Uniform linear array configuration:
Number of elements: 8
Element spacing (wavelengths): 0.25
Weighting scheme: exponential
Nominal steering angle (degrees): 30
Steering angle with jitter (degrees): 29.418
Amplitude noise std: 0.05
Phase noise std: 0.05

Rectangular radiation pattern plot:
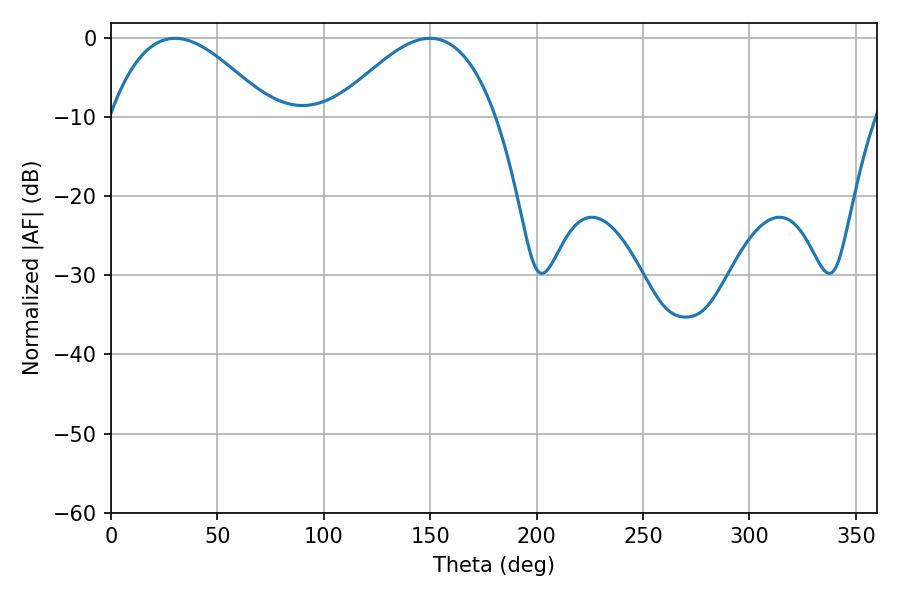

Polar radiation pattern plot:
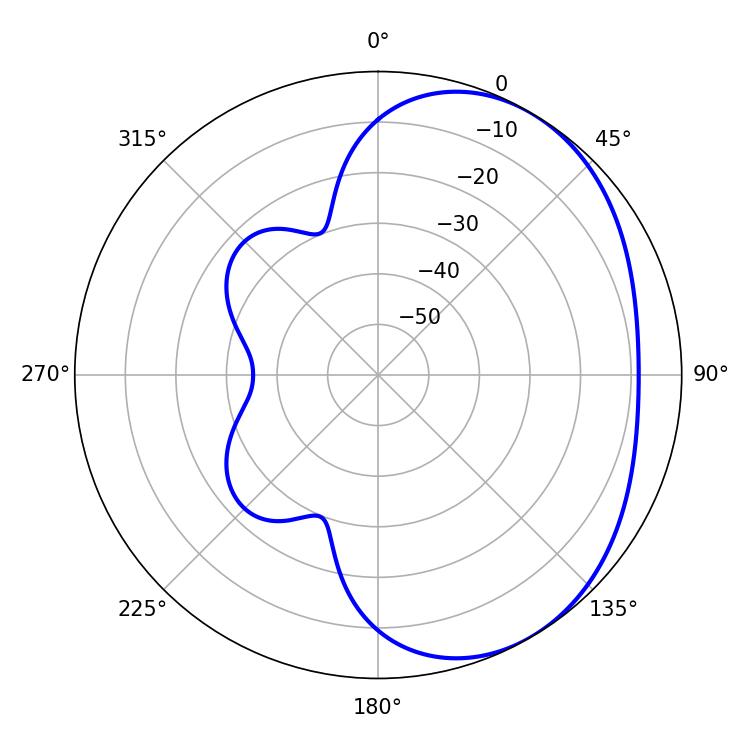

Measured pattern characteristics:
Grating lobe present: FALSE
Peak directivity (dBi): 3.461
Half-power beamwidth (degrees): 41.04
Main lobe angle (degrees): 30.06